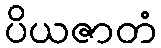
ပိယဇာတံ